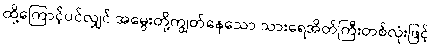
ထို့ကြောင့်ပင်လျှင် အမွေးတို့ကျွတ်နေသော သားရေအိတ်ကြီးတစ်လုံးဖြင့်